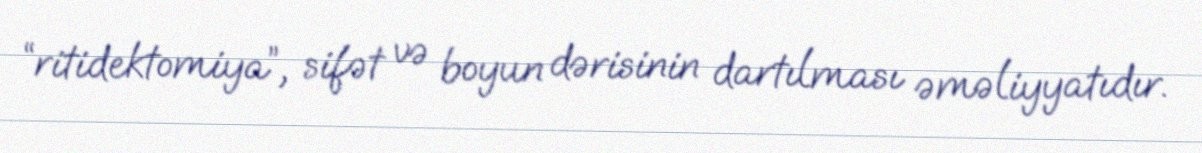
“ritidektomiya”, sifət və boyun dərisinin dartılması əməliyyatıdır.